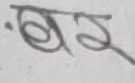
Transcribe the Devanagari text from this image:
फघ